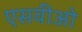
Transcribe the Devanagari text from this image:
एसवीओ